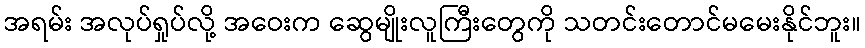
အရမ်း အလုပ်ရှုပ်လို့ အဝေးက ဆွေမျိုးလူကြီးတွေကို သတင်းတောင်မမေးနိုင်ဘူး။